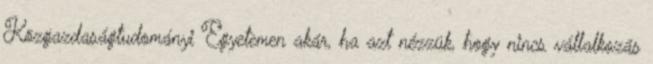
Közgazdaságtudományi Egyetemen akár, ha azt nézzük, hogy nincs vállalkozás